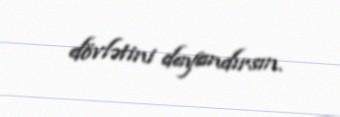
dövlətini dayandırsın.